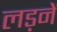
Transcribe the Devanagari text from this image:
लड़नें